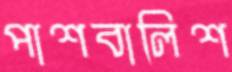
পাশবালিশ